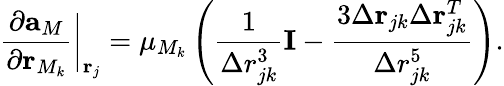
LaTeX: \frac{\partial{\mathbf{a}_{M}}}{\partial\mathbf{r}_{M_{k}}}\biggr\rvert_{\mathbf{r}_{j}}=\mu_{M_{k}}\left(\frac{1}{\Delta r_{jk}^{3}}\mathbf{I}-\frac{3\Delta\mathbf{r}_{jk}\Delta\mathbf{r}_{jk}^{T}}{\Delta r_{jk}^{5}}\right).